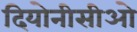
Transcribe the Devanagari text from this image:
दियोनीसीओ